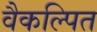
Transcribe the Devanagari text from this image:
वैकल्पित